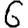
Digit: 6